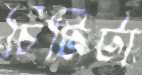
চিটিটা